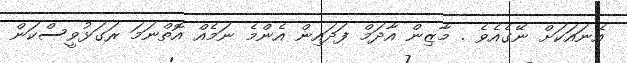
އޭނައަކަށް ނޭގެއެވެ . މާޒިން އާދަމް ފަދައިން އެންމެ ނަމެއް އޮތްނަމަ ރަގަޅުވީސްކަން